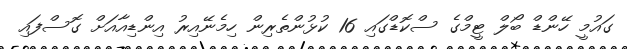
ގައުމީ ހޭންޑް ބޯލް ޓީމްގެ ސްކޮޑްގައި 16 ކުޅުންތެރިން ހިމެނޭއިރު އިންޑިއާއަށް ގޮސްފައި